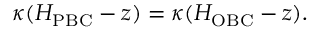
\kappa ( H _ { \mathrm { P B C } } - z ) = \kappa ( H _ { \mathrm { O B C } } - z ) .